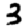
Digit: 3